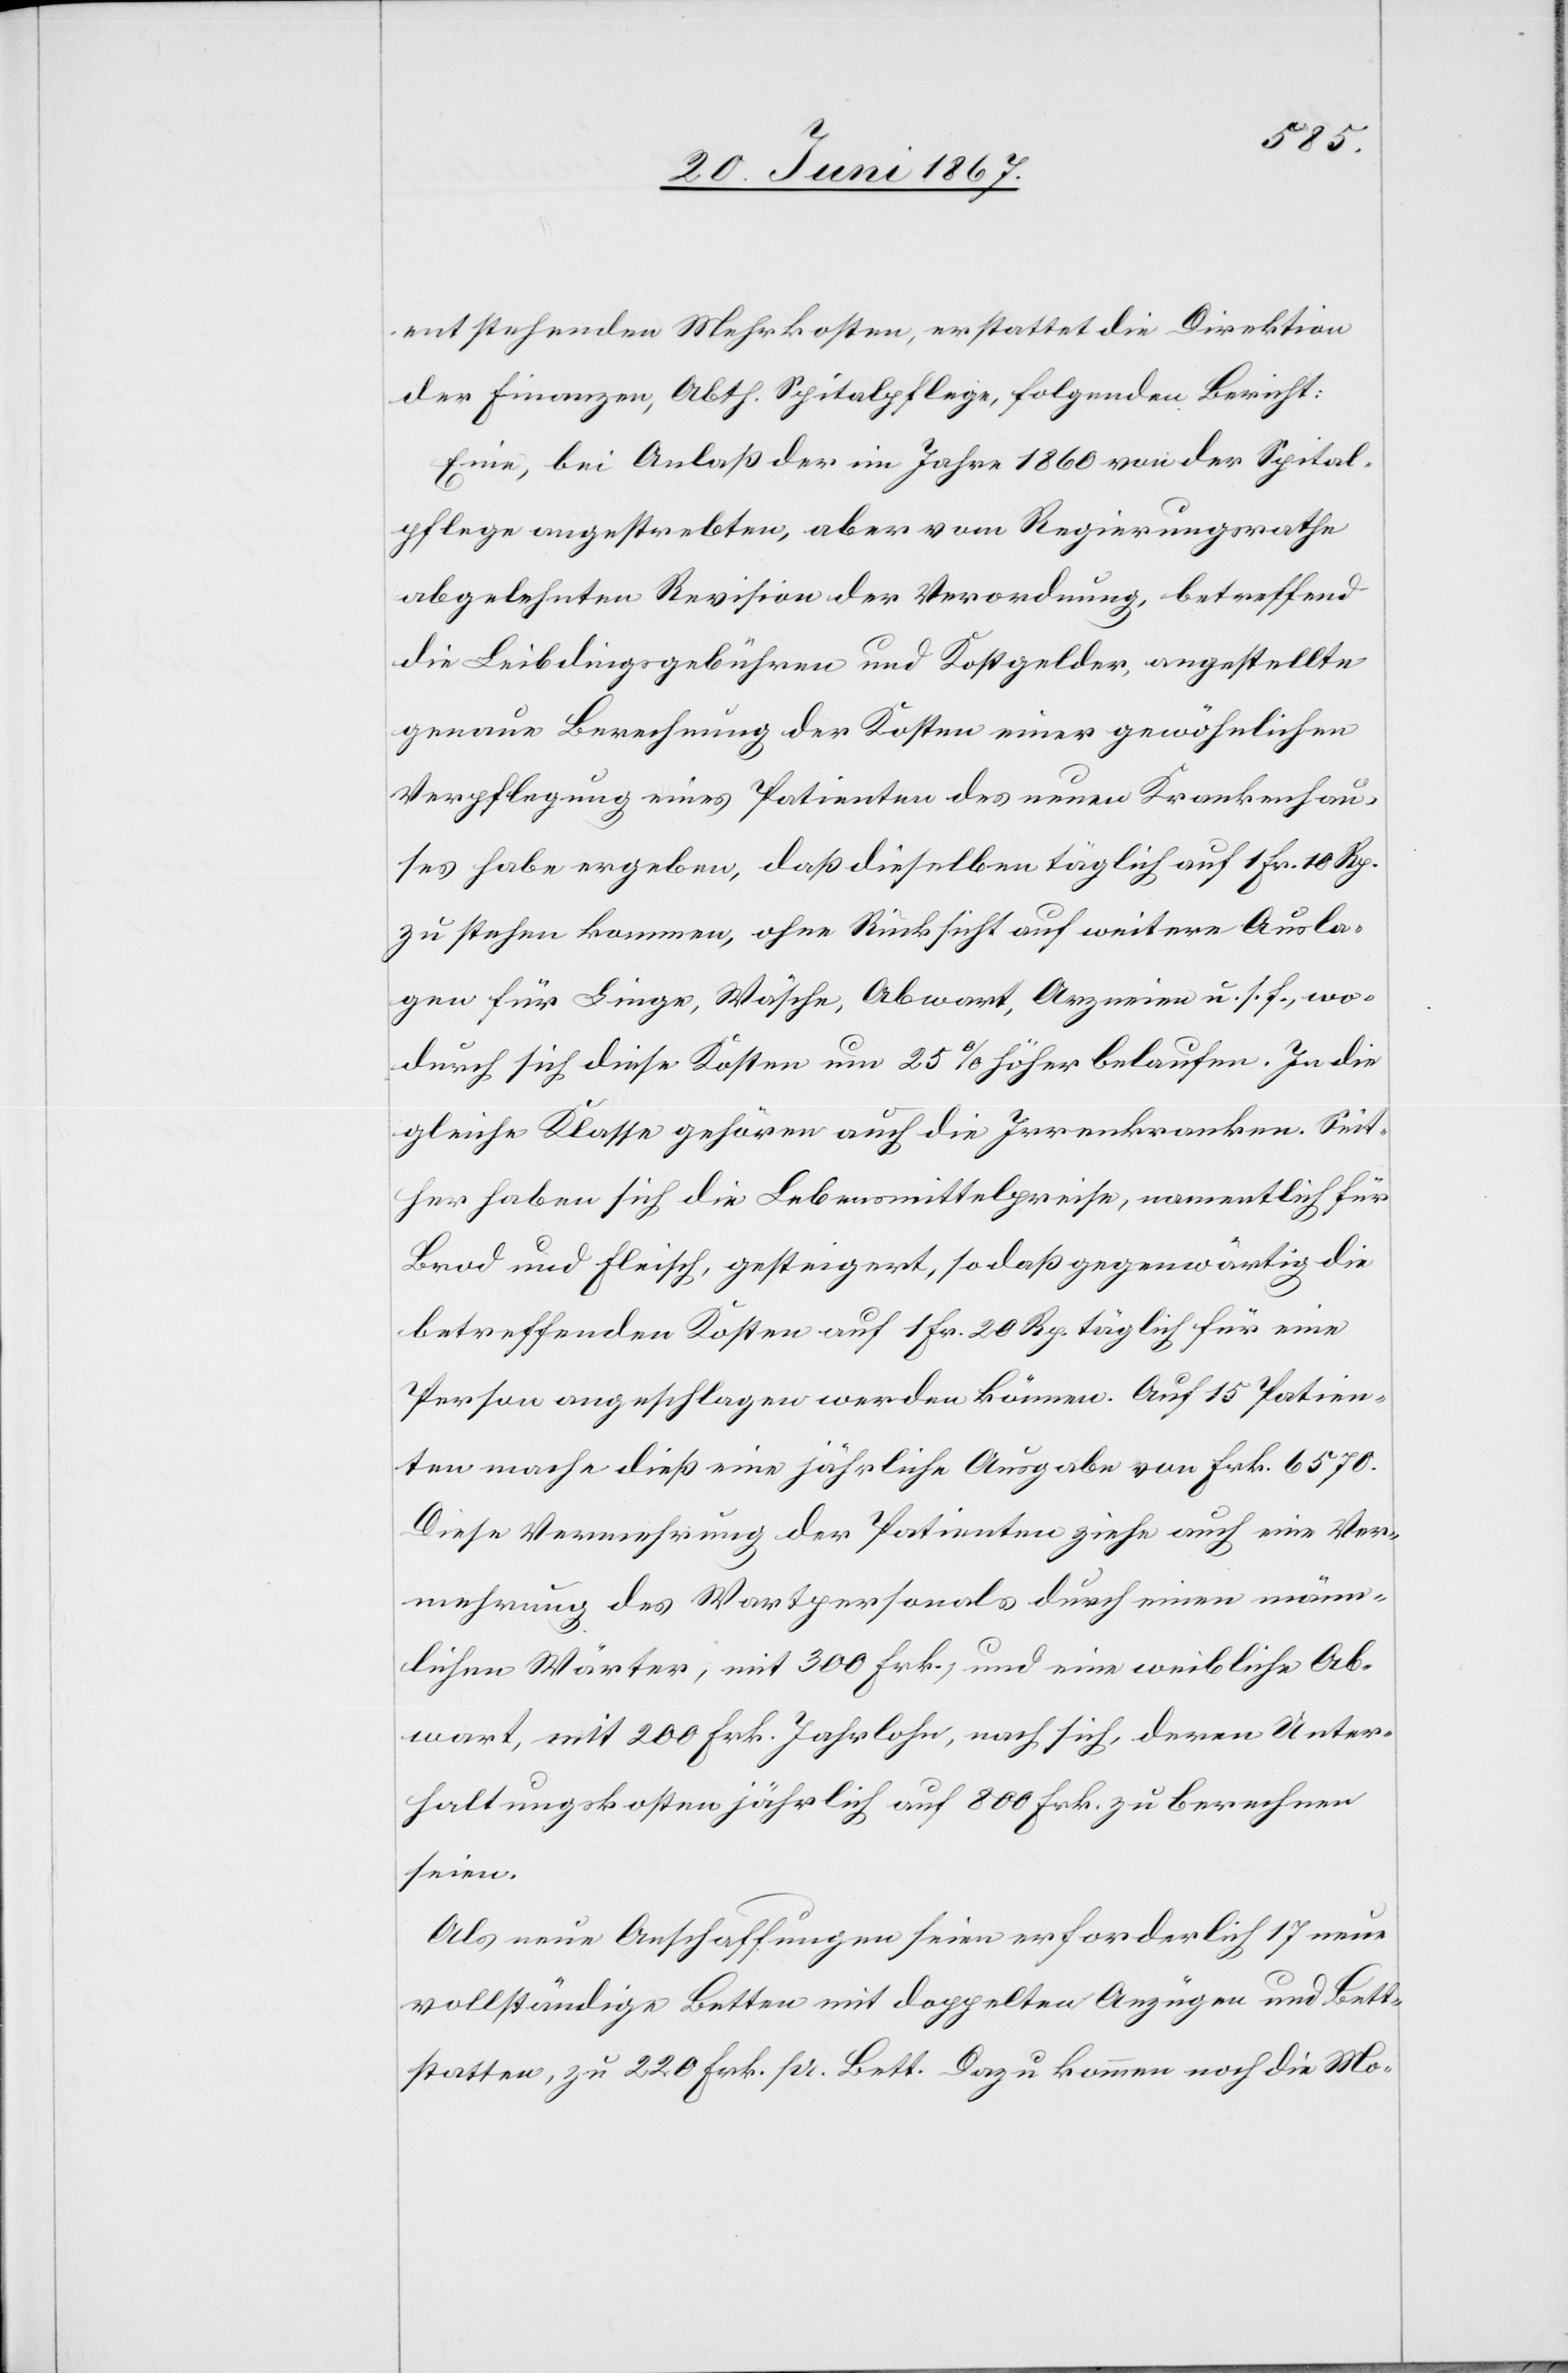
entstehenden Mehrkosten, erstattet die Direktion
der Finanzen, Abth. Spitalpflege, folgenden Bericht:
Eine, bei Anlaß der im Jahr 1860 von der Spital¬
pflege angestrebten, aber vom Regierungsrathe
abgelehnten Revision der Verordnung, betreffend
die Leibdingsgebühren und Kostgelder angestellte
genaue Berechnung der Kosten einer gewöhnlichen
Verpflegung eines Patienten des neuen Krankenhau¬
ses habe ergeben, daß dieselben täglich auf 1 Fr. 10 Rp.
zu stehen kommen, ohne Rücksicht auf weitere Ausla¬
gen für Liege, Wäsche, Abwart, Arzneien u. s. f., wo¬
durch sich diese Kosten um 25 % höher belaufen. In die
gleiche Klasse gehören auch die Irrenkranken, Seit¬
her haben sich die Lebensmittelpreise, namentlich für
Brod und Fleisch, gesteigert, so daß gegenwärtig die
betreffenden Kosten auf 1 Fr. 20 Rp. täglich für eine
Person angeschlagen werden können. Auf 15 Patien¬
ten mache dieß eine jährliche Ausgabe von Frk. 6570.
Diese Vermehrung der Patienten ziehe auch eine Ver¬
mehrung des Wartpersonals durch einen männ¬
lichen Wärter, mit 300 Frk., und eine weibliche Ab¬
wart [sic!], mit 200 Frk. Jahreslohn, nach sich, deren Unter¬
haltungskosten jährlich auf 800 Frk. zu berechnen
seien.
Als neue Anschaffungen seien erforderlich 17 neue
vollständige Betten mit doppelten Anzügen und Bett¬
statten, zu 220 Frk. pr. Bett. Dazu kommen noch die Mo-